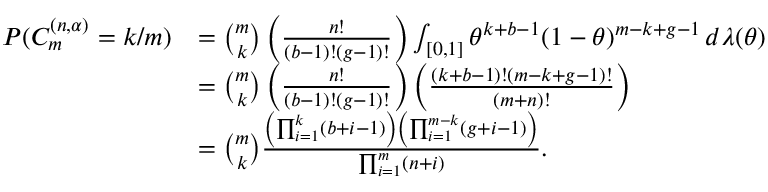
\begin{array} { r l } { P ( C _ { m } ^ { ( n , \alpha ) } = k / m ) } & { = \binom { m } { k } \left( \frac { n ! } { ( b - 1 ) ! ( g - 1 ) ! } \right) \int _ { [ 0 , 1 ] } \theta ^ { k + b - 1 } ( 1 - \theta ) ^ { m - k + g - 1 } \, d \lambda ( \theta ) } \\ & { = \binom { m } { k } \left( \frac { n ! } { ( b - 1 ) ! ( g - 1 ) ! } \right) \left( \frac { ( k + b - 1 ) ! ( m - k + g - 1 ) ! } { ( m + n ) ! } \right) } \\ & { = \binom { m } { k } \frac { \left( \prod _ { i = 1 } ^ { k } ( b + i - 1 ) \right) \left( \prod _ { i = 1 } ^ { m - k } ( g + i - 1 ) \right) } { \prod _ { i = 1 } ^ { m } ( n + i ) } . } \end{array}